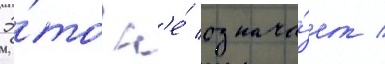
Э́то н'е́ означа́ет /